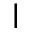
\mid